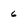
Character: 6